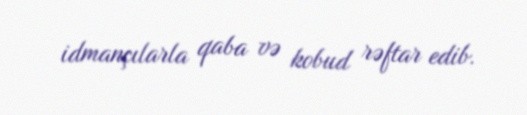
idmançılarla qaba və kobud rəftar edib.